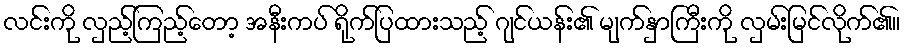
လင်းကို လှည့်ကြည့်တော့ အနီးကပ် ရိုက်ပြထားသည့် ဂျင်ယန်း၏ မျက်နှာကြီးကို လှမ်းမြင်လိုက်၏။